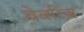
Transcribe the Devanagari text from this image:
बेवरिज़